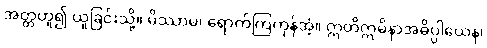
အတ္တဟူ၍ ယူခြင်းသို့။ မိဿာမ၊ ရောက်ကြကုန်အံ့။ ဣတိဣမိနာအဓိပ္ပါယေန၊